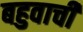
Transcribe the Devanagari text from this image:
बहुवाची